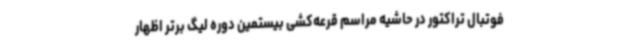
فوتبال تراکتور در حاشیه مراسم قرعه‌کشی بیستمین دوره لیگ برتر اظهار